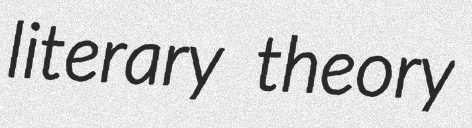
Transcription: literary theory